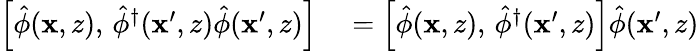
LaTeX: \begin{array}{rl}{\Bigl[\hat{\phi}(\mathbf{x},z),\, \hat{\phi}^{\dagger}(\mathbf{x}^{\prime},z)\hat{\phi}(\mathbf{x}^{\prime},z)\Bigr]}&{{}=\Bigl[\hat{\phi}(\mathbf{x},z),\, \hat{\phi}^{\dagger}(\mathbf{x}^{\prime},z)\Bigr]\hat{\phi}(\mathbf{x}^{\prime},z)}\end{array}